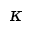
\kappa